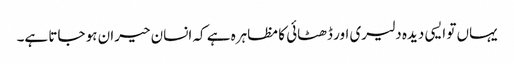
یہاں تو ایسی دیدہ دلیری اور ڈھٹائی کا مظاہرہ ہے کہ انسان حیران ہو جاتا ہے۔